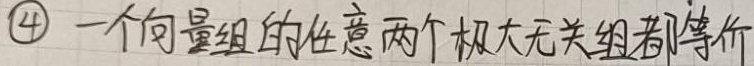
\textcircled{4} 一个向量组的任意两个极大无关组都等价